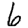
Digit: 6